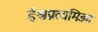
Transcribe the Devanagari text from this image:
ईश्वप्रत्यमिज्ञा